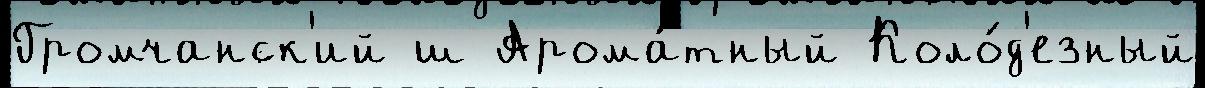
Громчанск'ий ш Арома́тный Коло́д'езный